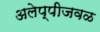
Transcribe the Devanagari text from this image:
अलेप्पीजवळ